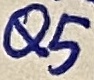
Text: 15